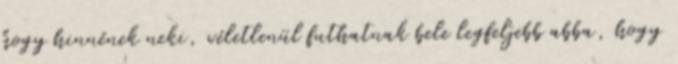
hogy hinnének neki, véletlenül futhatnak bele legfeljebb abba, hogy